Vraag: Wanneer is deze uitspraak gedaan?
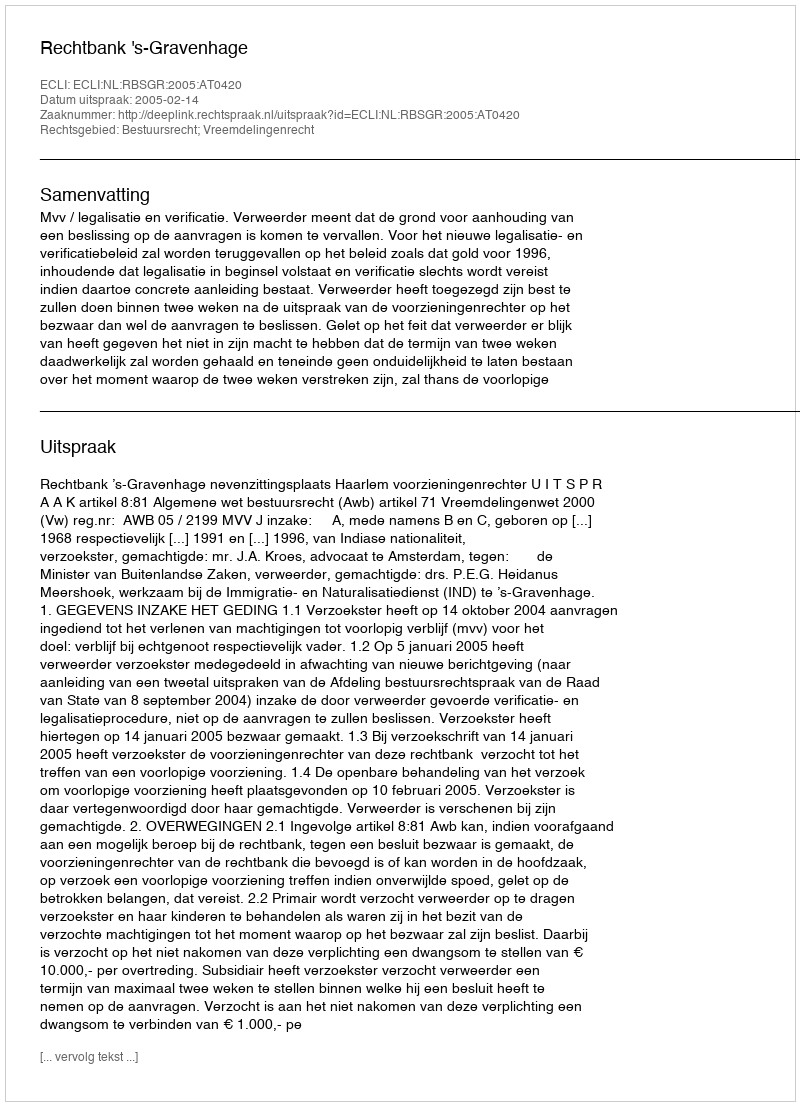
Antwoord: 2005-02-14